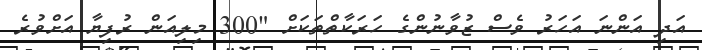
އަދި އަންނަ އަހަރު ވެސް ޒުވާނުންގެ ހަރަކާތްތަކަށް "300 މިލިއަން ރުފިޔާ އަށްވުރެ